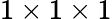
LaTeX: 1\times 1\times 1